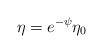
LaTeX: \begin{align*} \eta = e^{-\psi} \eta_0\end{align*}